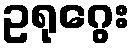
ဥရုဂွေး